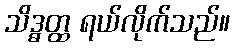
သိဒ္ဓတ္ထ ရယ်လိုက်သည်။